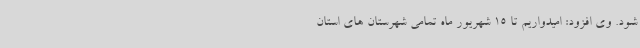
شود. وی افزود: امیدواریم تا 15 شهریور ماه تمامی شهرستان های استان